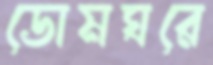
ডোমঘরে